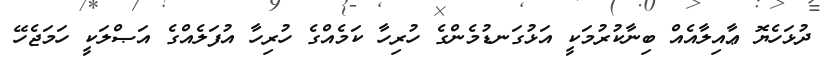
ދުޅަހެޔޮ ޢާއިލާއެއް ބިނާކުރުމަކީ އަޅުގަނޑުމެންގެ ހުރިހާ ކަމެއްގެ ހުރިހާ އުފަލެއްގެ އަޞްލަކީ ހަމަޖެހޭ